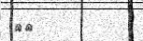
٢٨